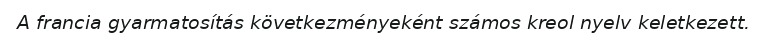
A francia gyarmatosítás következményeként számos kreol nyelv keletkezett.